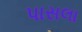
પાસલા